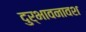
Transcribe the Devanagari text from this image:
दुर्भावनावश